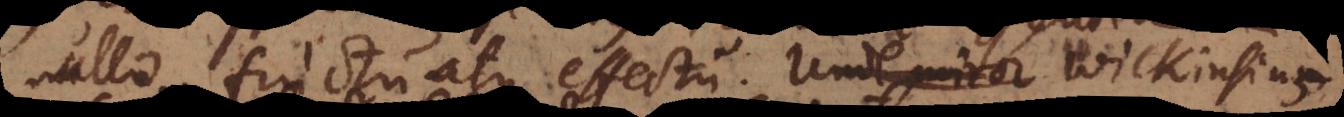
nullo fructu atque effectu. Unde miror Wilkinsium